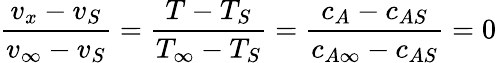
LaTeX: {\frac{v_{x}-v_{S}}{v_{\infty}-v_{S}}}={\frac{T-T_{S}}{T_{\infty}-T_{S}}}={\frac{c_{A}-c_{AS}}{c_{A\infty}-c_{AS}}}=0